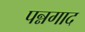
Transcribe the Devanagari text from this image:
पन्नगाद